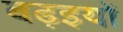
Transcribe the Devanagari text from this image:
बढ़इयों